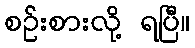
စဉ်းစားလို့ ရပြီ။